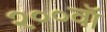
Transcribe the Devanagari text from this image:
२००वॉ